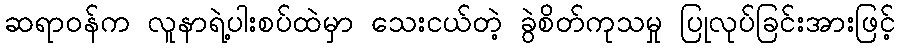
ဆရာဝန်က လူနာရဲ့ပါးစပ်ထဲမှာ သေးငယ်တဲ့ ခွဲစိတ်ကုသမှု ပြုလုပ်ခြင်းအားဖြင့်